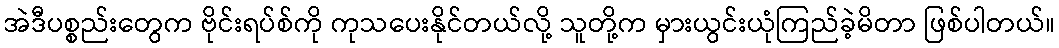
အဲဒီပစ္စည်းတွေက ဗိုင်းရပ်စ်ကို ကုသပေးနိုင်တယ်လို့ သူတို့က မှားယွင်းယုံကြည်ခဲ့မိတာ ဖြစ်ပါတယ်။